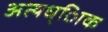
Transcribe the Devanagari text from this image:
अत्यध्ािक